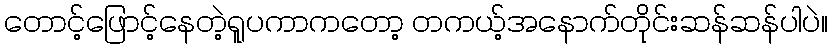
တောင့်ဖြောင့်နေတဲ့ရူပကာကတော့ တကယ့်အနောက်တိုင်းဆန်ဆန်ပါပဲ။